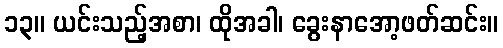
၁၃။ ယင်းသည့်အစာ၊ ထိုအခါ၊ ခွေးနာအော့ဖတ်ဆင်း။